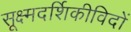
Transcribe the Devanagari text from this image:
सूक्ष्मदर्शिकीविदों